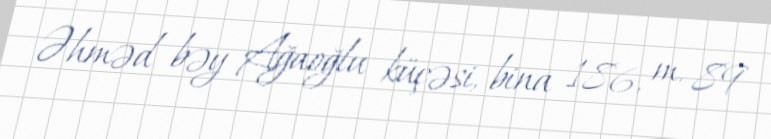
Əhməd bəy Ağaoğlu küçəsi, bina 186, m. 89